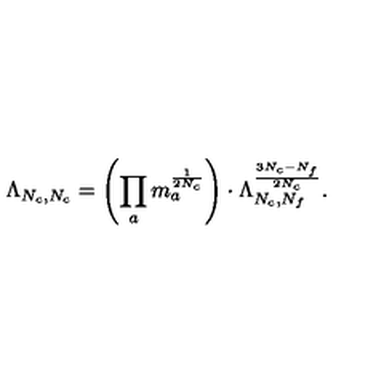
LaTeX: \Lambda _ { N _ { c } , N _ { c } } = \left( \prod _ { a } m _ { a } ^ { \frac 1 { 2 N _ { c } } } \right) \cdot \Lambda _ { N _ { c } , N _ { f } } ^ { \frac { 3 N _ { c } - N _ { f } } { 2 N _ { c } } } .